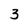
Character: 3